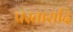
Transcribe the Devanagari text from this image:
प्रस्तारादि